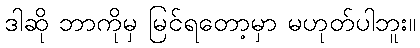
ဒါဆို ဘာကိုမှ မြင်ရတော့မှာ မဟုတ်ပါဘူး။